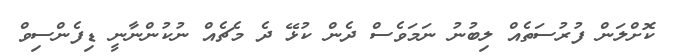
ކޮށްލަން ފުރުސަތެއް ލިބުނު ނަމަވެސް ދެން ކުޅޭ ދެ މެޗެއް ނުކުންނާނީ ޑިފެންސިވް